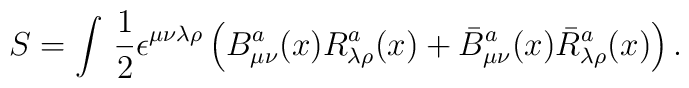
S=\int\,\frac{1}{2}\epsilon^{\mu\nu\lambda\rho}\left ( B_{\mu\nu}^{a}(x)R_{\lambda\rho}^{a}(x) +\bar{ B}_{\mu\nu}^{a}(x)\bar{R}_{\lambda\rho}^{a}(x)\right).